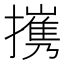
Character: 㩗